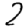
Digit: 2